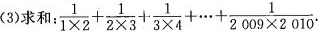
(3)求和： $$\frac{1}{1 \times 2}+ \frac{1}{2 \times 3}+ \frac{1}{3 \times 4}+ \cdots + \frac{1}{2009 \times 2010}$$.